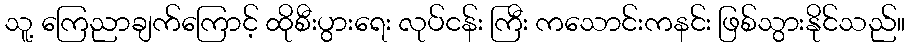
သူ့ ကြေညာချက်ကြောင့် ထိုစီးပွားရေး လုပ်ငန်း ကြီး ကသောင်းကနင်း ဖြစ်သွားနိုင်သည်။